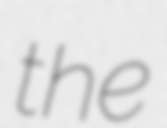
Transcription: the